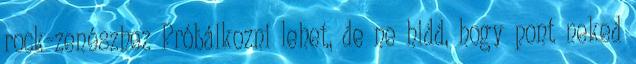
rock-zenészhez Próbálkozni lehet, de ne hidd, hogy pont neked